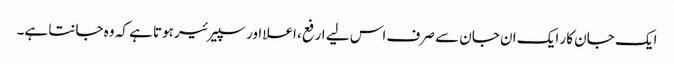
ایک جان کار ایک ان جان سے صرف اس لیے ارفع، اعلا اور سپیرئیر ہوتا ہے کہ وہ جانتا ہے۔